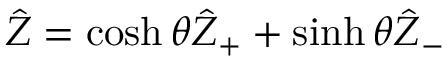
\hat { Z } = \cosh \theta \hat { Z } _ { + } + \sinh \theta \hat { Z } _ { - }